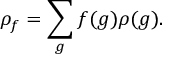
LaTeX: \rho _ { f } = \sum _ { g } f ( g ) \rho ( g ) .